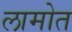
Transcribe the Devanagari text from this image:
लामोत